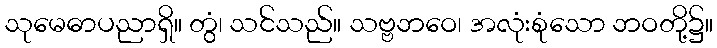
သုမေဓာပညာရှိ။ တွံ၊ သင်သည်။ သဗ္ဗဘဝေ၊ အလုံးစုံသော ဘဝတို့၌။